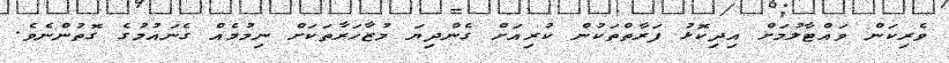
ވެރިކަން ވައްޓާލުމަށް އިދިކޮޅު ފަރާތްތަކުން ކުރިއަށް ގެންދިޔަ މުޒާހަރާތަކަށް ނިމުމެއް ގެނައުމުގެ ގޮތުންނެވެ.